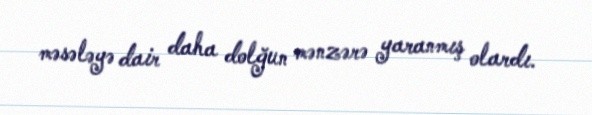
məsələyə dair daha dolğun mənzərə yaranmış olardı.